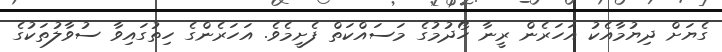
ގެޔަށް ދިޔުމާއެކު އަހަރެން ރީނާ ހޯދުމުގެ މަސައްކަތް ފެށީމެވެ. އަހަރެންގެ ހިތުގައިވާ ސުވާލުތަކުގެ